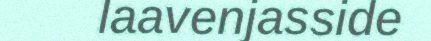
laavenjasside